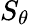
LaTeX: S_{\theta}